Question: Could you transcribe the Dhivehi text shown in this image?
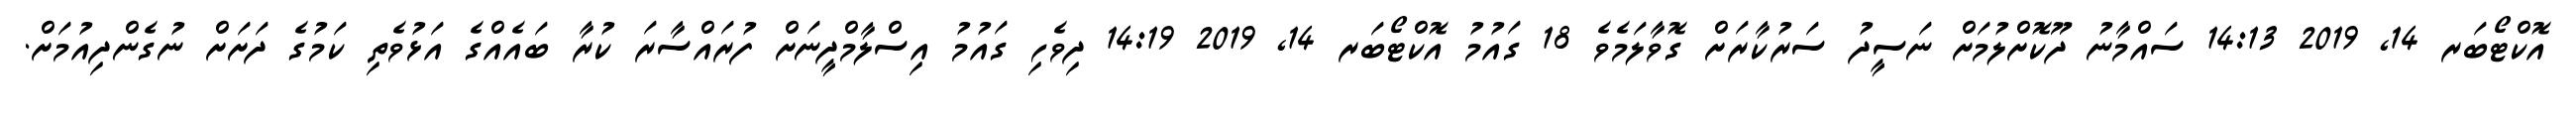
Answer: އޮކްޓޯބަރ 14, 2019 14:13 ސައްމާނު ދޫކޮށްލުމަށް ނަސީދު ސަރުކާރަށް ގޮވާލަމެވެ 18 ގައުމު އޮކްޓޯބަރ 14, 2019 14:19 ދިވެހި ގައުމު އިސްލާމްދީނަށް ފުރައްސާރަ ކުރާ ބައެއްގެ އަޅުވެތި ކަމުގެ ދަށަށް ނުގެންދިއުމަށް.